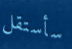
سأستقل